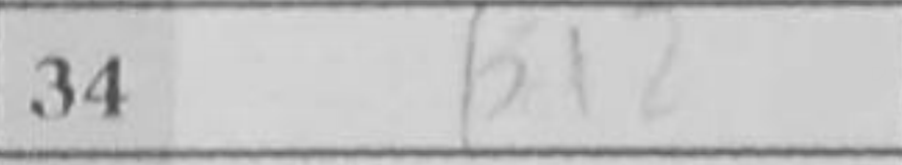
Transcription: Kd2